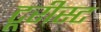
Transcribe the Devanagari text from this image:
टूरीस्ट